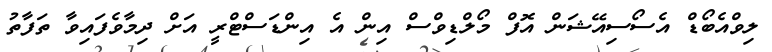
ލިވްއެބޯޑް އެސޯސިއޭޝަން އޮފް މޯލްޑިވްސް އިން އެ އިންޑަސްޓްރީ އަށް ދިމާވެފައިވާ ތަފާތު